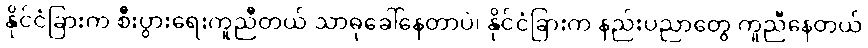
နိုင်ငံခြားက စီးပွားရေးကူညီတယ် သာဓုခေါ်နေတာပဲ၊ နိုင်ငံခြားက နည်းပညာတွေ ကူညီနေတယ်